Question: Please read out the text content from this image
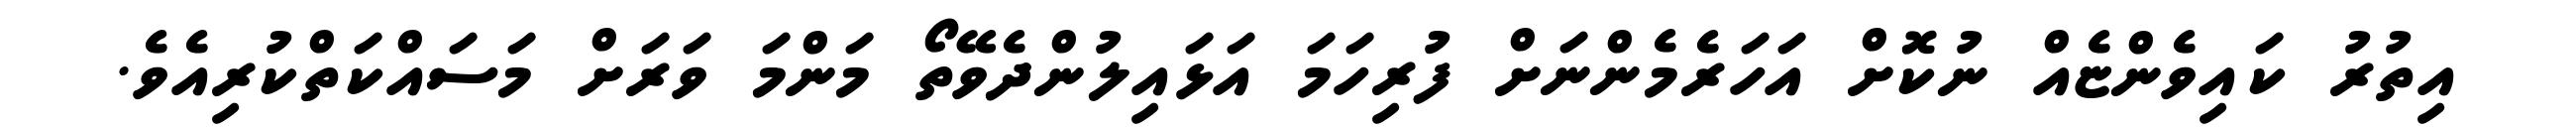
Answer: އިތުރު ކައިވެންޏެއް ނުކޮށް އަހަރެމެންނަށް ފުރިހަމަ އަޅައިލުންދެވޭތޯ މަންމަ ވަރަށް މަސައްކަތްކުރިއެވެ.